Reports on military cantonments and civil stations in the Presidency of Bombay inspected by the Sanitary Commissioner in the years 1875 and 1876
Year: 1875
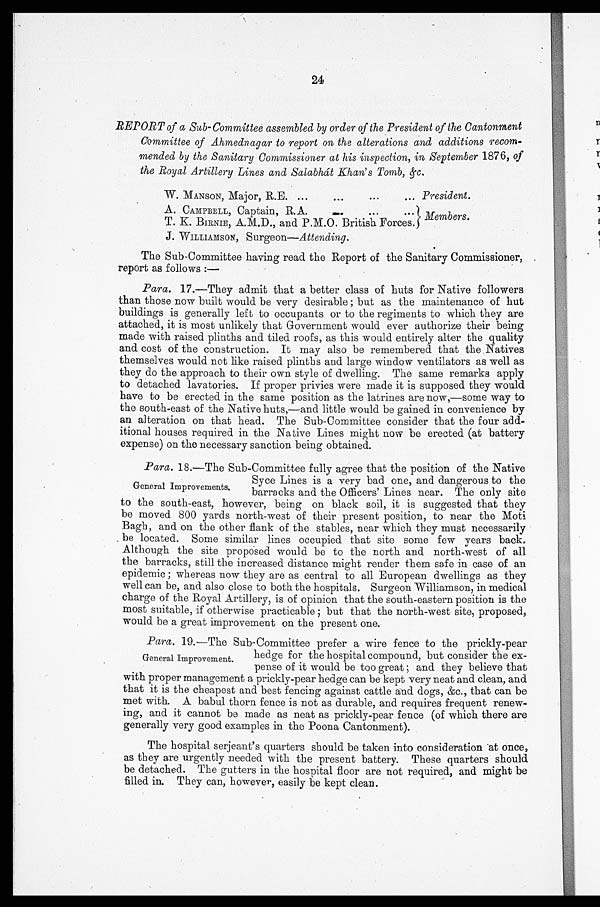
24
REPORT of a Sub-Committee assembled by order of the President of the Cantomment
Committee of Ahmednagar to report on the alterations and additions recom-
mended by the Sanitary Commissioner at his inspection, in September 1876, of
the Royal Artillery Lines and Salabhat Khan's Tomb, &c.
W. MANSON, Major, R.E.
President .
A. CAMPBELL, Captain, R.A.
Members.
T. K. BIRNIE, A.M.D., and P.M.O. British Forces.
J. WILLIAMSON, Surgeon—Attending.
The Sub-Committee having read the Report of the Sanitary Commissioner,
report as follows :—
Para. 17.—They admit that a better class of huts for Native followers
than those now built would be very desirable ; but as the maintenance of hut
buildings is generally left to occupants or to the regiments to which they are
attached, it is most unlikely that Government would ever authorize their being
made with raised plinths and tiled roofs, as this would entirely alter the quality
and cost of the construction. It may also be remembered that the Natives
themselves would not like raised plinths and large window ventilators as well as
they do the approach to their own style of dwelling. The same remarks apply
to detached lavatories. If proper privies were made it is supposed they would
have to be erected in the same position as the latrines are now,—some way to
the south-east of the Native huts,—and little would be gained in convenience by
an alteration on that head. The Sub-Committee consider that the four add-
itional houses required in the Native Lines might now be erected (at battery
expense) on the necessary sanction being obtained.
Para. 18.—The Sub-Committee fully agree that the position of the Native
,
Syce Lines is a very bad one, and dangerous to the
General Improvements,
barracks and the Officers' Lines near. The only site
to the south-east, however, being on black soil, it is suggested that they
be moved 800 yards north-west of their present position, to near the Moti
Bagh, and on the other flank of the stables, near which they must necessarily
be located. Some similar lines occupied that site some few years back.
Although the site proposed would be to the north and north-west of all
the barracks, still the increased distance might render them safe in case of an
epidemic ; whereas now they are as central to all European dwellings as they
well can be, and also close to both the hospitals. Surgeon Williamson, in medical
charge of the Royal Artillery, is of opinion that the south-eastern position is the
most suitable, if otherwise practicable ; but that the north-west site, proposed,
would be a great improvement on the present one.
Para. 19.—The Sub-Committee prefer a wire fence to the prickly-pe
ar
General Improvement.
hedge for the hospital compound, but consider the ex-
pense of it would be too great ; and they believe that
with proper management a prickly-pear hedge can be kept very neat and clean, and
that it is the cheapest and best fencing against cattle and dogs, &c., that can be
met with. A babul thorn fence is not as durable, and requires frequent renew-
ing, and it cannot be made as neat as prickly-pear fence (of which there are
generally very good examples in the Poona Cantonment).
The hospital serjeant's quarters should be taken into consideration at once,
as they are urgently needed with the present battery. These quarters should
be detached. The gutters in the hospital floor are not required, and might be
filled in. They can, however, easily be kept clean.